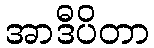
အာဒီပိတာ